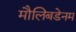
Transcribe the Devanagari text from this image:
मौलिबडेनम